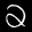
Label: 2